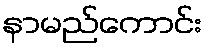
နာမည်ကောင်း